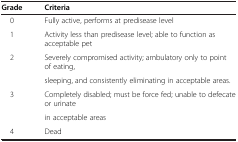
<table><thead><tr><td><b>Grade</b></td><td><b>Criteria</b></td></tr></thead><tbody><tr><td>0</td><td>Fully active, performs at predisease level</td></tr><tr><td>1</td><td>Activity less than predisease level; able to function as acceptable pet</td></tr><tr><td>2</td><td>Severely compromised activity; ambulatory only to point of eating,</td></tr><tr><td></td><td>sleeping, and consistently eliminating in acceptable areas.</td></tr><tr><td>3</td><td>Completely disabled; must be force fed; unable to defecate or urinate</td></tr><tr><td></td><td>in acceptable areas</td></tr><tr><td>4</td><td>Dead</td></tr></tbody></table>